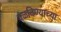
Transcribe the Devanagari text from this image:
वळविण्याच्या